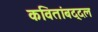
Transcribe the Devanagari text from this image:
कवितांबद्दल